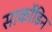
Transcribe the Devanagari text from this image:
सार्कोडिन